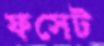
ফসেট